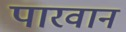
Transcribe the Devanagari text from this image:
पारवान